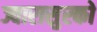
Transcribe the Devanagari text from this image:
ज्वारासुरको